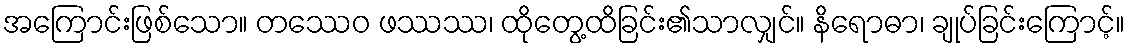
အကြောင်းဖြစ်သော။ တဿေဝ ဖဿဿ၊ ထိုတွေ့ထိခြင်း၏သာလျှင်။ နိရောဓာ၊ ချုပ်ခြင်းကြောင့်။